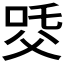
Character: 𤕔